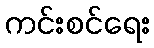
ကင်းစင်ရေး